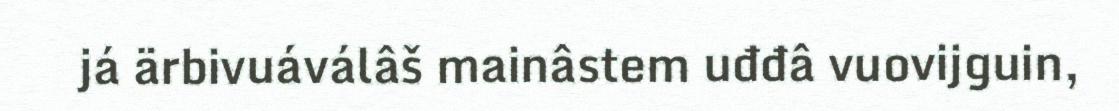
já ärbivuáválâš mainâstem uđđâ vuovijguin,